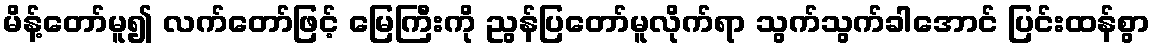
မိန့်တော်မူ၍ လက်တော်ဖြင့် မြေကြီးကို ညွန်ပြတော်မူလိုက်ရာ သွက်သွက်ခါအောင် ပြင်းထန်စွာ